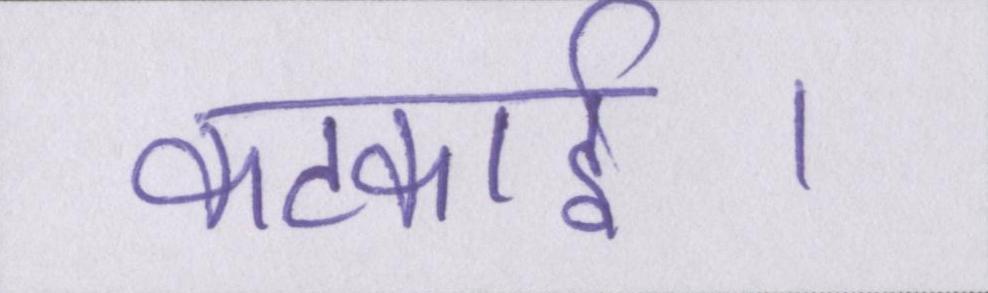
कटकाई।